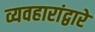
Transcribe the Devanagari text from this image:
व्यवहारांद्वारे